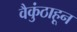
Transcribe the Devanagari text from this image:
वैकुंठाहून